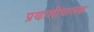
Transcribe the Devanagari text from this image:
प्रणालीचालक